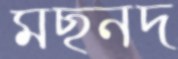
মছনদ